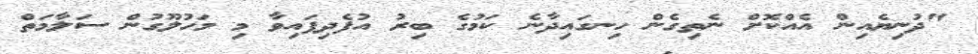
"ދުނިޔެއިން އެއްކޮށް ނެތިގެން ހިނގައިދާނެ ކަމުގެ ބިރު އުފެދިފައިވާ މި މަހުލޫގުން ސަލާމަތް